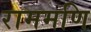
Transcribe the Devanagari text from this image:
राममणि